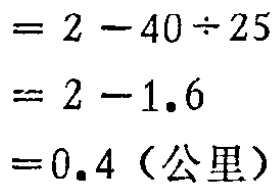
\[
\begin{align*}
&=2 - 40\div25\\
&=2 - 1.6\\
&=0.4（公里）
\end{align*}
\]